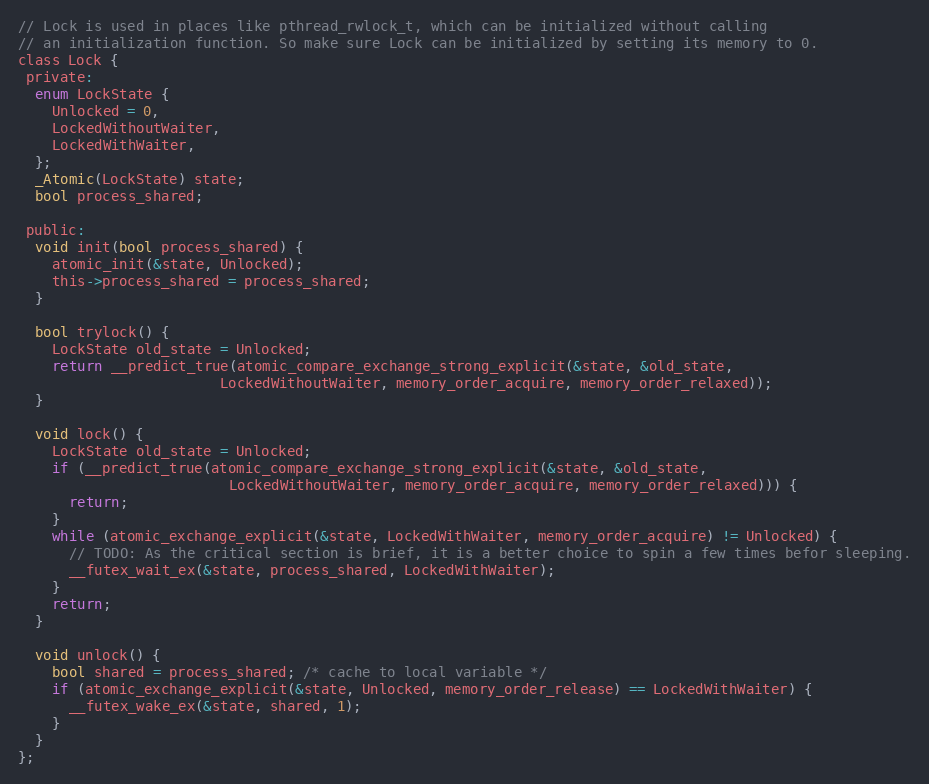
Language: C
// Lock is used in places like pthread_rwlock_t, which can be initialized without calling
// an initialization function. So make sure Lock can be initialized by setting its memory to 0.
class Lock {
 private:
  enum LockState {
    Unlocked = 0,
    LockedWithoutWaiter,
    LockedWithWaiter,
  };
  _Atomic(LockState) state;
  bool process_shared;

 public:
  void init(bool process_shared) {
    atomic_init(&state, Unlocked);
    this->process_shared = process_shared;
  }

  bool trylock() {
    LockState old_state = Unlocked;
    return __predict_true(atomic_compare_exchange_strong_explicit(&state, &old_state,
                        LockedWithoutWaiter, memory_order_acquire, memory_order_relaxed));
  }

  void lock() {
    LockState old_state = Unlocked;
    if (__predict_true(atomic_compare_exchange_strong_explicit(&state, &old_state,
                         LockedWithoutWaiter, memory_order_acquire, memory_order_relaxed))) {
      return;
    }
    while (atomic_exchange_explicit(&state, LockedWithWaiter, memory_order_acquire) != Unlocked) {
      // TODO: As the critical section is brief, it is a better choice to spin a few times befor sleeping.
      __futex_wait_ex(&state, process_shared, LockedWithWaiter);
    }
    return;
  }

  void unlock() {
    bool shared = process_shared; /* cache to local variable */
    if (atomic_exchange_explicit(&state, Unlocked, memory_order_release) == LockedWithWaiter) {
      __futex_wake_ex(&state, shared, 1);
    }
  }
};